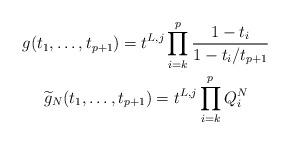
LaTeX: \begin{gather*}g(t_1,\ldots,t_{p+1}) = t^{L,j} \prod_{i=k}^p \frac{1-t_i}{1-t_i/t_{p+1}} \\\widetilde{g}_N(t_1,\ldots,t_{p+1}) = t^{L,j} \prod_{i=k}^p Q_i^N\end{gather*}